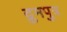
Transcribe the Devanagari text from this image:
द्रुमपुत्र